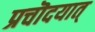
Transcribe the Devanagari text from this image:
प्रचॊदयात्